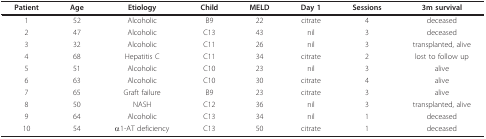
<table><thead><tr><td><b>Patient</b></td><td><b>Age</b></td><td><b>Etiology</b></td><td><b>Child</b></td><td><b>MELD</b></td><td><b>Day 1</b></td><td><b>Sessions</b></td><td><b>3m survival</b></td></tr></thead><tbody><tr><td>1</td><td>52</td><td>Alcoholic</td><td>B9</td><td>22</td><td>citrate</td><td>4</td><td>deceased</td></tr><tr><td>2</td><td>47</td><td>Alcoholic</td><td>C13</td><td>43</td><td>nil</td><td>3</td><td>deceased</td></tr><tr><td>3</td><td>32</td><td>Alcoholic</td><td>C11</td><td>26</td><td>nil</td><td>3</td><td>transplanted, alive</td></tr><tr><td>4</td><td>68</td><td>Hepatitis C</td><td>C11</td><td>34</td><td>citrate</td><td>2</td><td>lost to follow up</td></tr><tr><td>5</td><td>51</td><td>Alcoholic</td><td>C10</td><td>23</td><td>nil</td><td>3</td><td>alive</td></tr><tr><td>6</td><td>63</td><td>Alcoholic</td><td>C10</td><td>30</td><td>citrate</td><td>4</td><td>alive</td></tr><tr><td>7</td><td>65</td><td>Graft failure</td><td>B9</td><td>23</td><td>citrate</td><td>3</td><td>alive</td></tr><tr><td>8</td><td>50</td><td>NASH</td><td>C12</td><td>36</td><td>nil</td><td>3</td><td>transplanted, alive</td></tr><tr><td>9</td><td>64</td><td>Alcoholic</td><td>C13</td><td>34</td><td>nil</td><td>1</td><td>deceased</td></tr><tr><td>10</td><td>54</td><td>α1-AT deficiency</td><td>C13</td><td>50</td><td>citrate</td><td>1</td><td>deceased</td></tr></tbody></table>